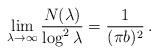
LaTeX: \begin{align*}\lim_{\lambda\to\infty}\frac{N(\lambda)}{\log^{2}\lambda}=\frac{1}{(\pi b)^2}\,.\end{align*}